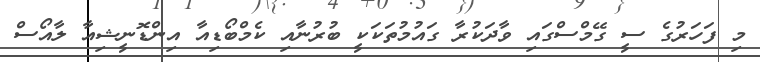
މި ފަހަރުގެ ސީ ގޭމްސްގައި ވާދަކުރާ ގައުމުތަކަކީ ބުރުނާއި ކެމްބޯޑިއާ އިންޑޮނީޝިއާ ލާއޯސް